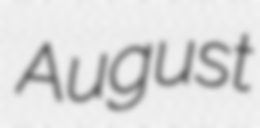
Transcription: August